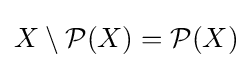
X\setminus {\mathcal {P}}(X)={\mathcal {P}}(X)